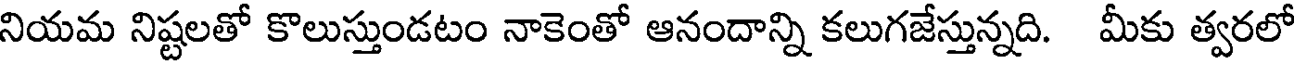
నియమ నిష్టలతో కొలుస్తుండటం నాకెంతో ఆనందాన్ని కలుగజేస్తున్నది. మీకు త్వరలో